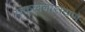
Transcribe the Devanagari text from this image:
सकलनारायण